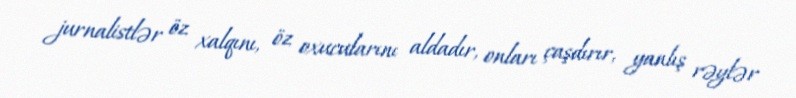
jurnalistlər öz xalqını, öz oxucularını aldadır, onları çaşdırır, yanlış rəylər